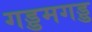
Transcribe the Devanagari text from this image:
गड्डमगड्ड